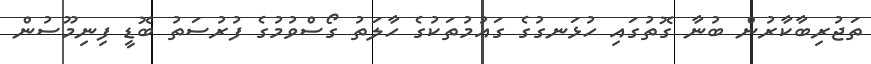
ތަޖުރިބާކާރުން ބުނާ ގޮތުގައި ހުޅަނގުގެ ގައުމުތަކުގެ ހާލަތު ގޯސްވުމުގެ ފުރުސަތު ބޮޑީ ފިނިމޫސުން